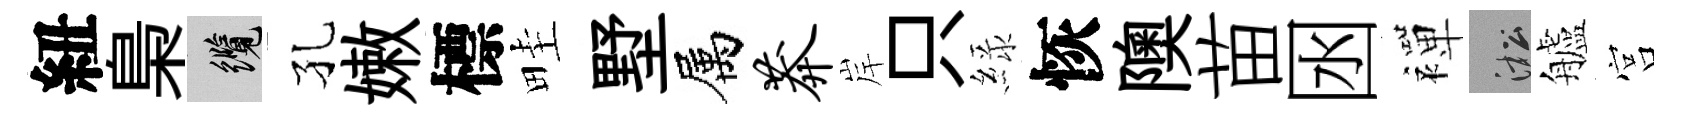
紐梟纜孔嫩標畦墅属莽岸只緑恢隩苗囦襌淞艫宫